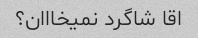
اقا شاگرد نمیخااان؟